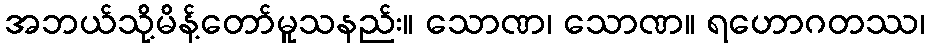
အဘယ်သို့မိန့်တော်မူသနည်း။ သောဏ၊ သောဏ။ ရဟောဂတဿ၊